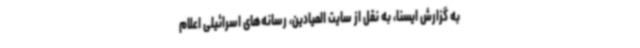
به گزارش ایسنا، به نقل از سایت المیادین، رسانه‌های اسرائیلی اعلام